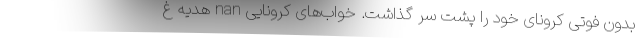
بدون فوتی کرونای خود را پشت سر گذاشت. خواب‌های کرونایی nan هدیه غ